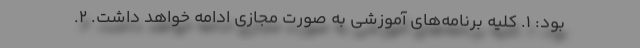
بود: ۱. کلیه برنامه‌های آموزشی به صورت مجازی ادامه خواهد داشت. ۲.